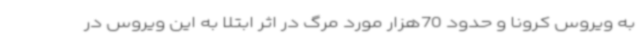
به ویروس کرونا و حدود 70هزار مورد مرگ در اثر ابتلا به این ویروس در